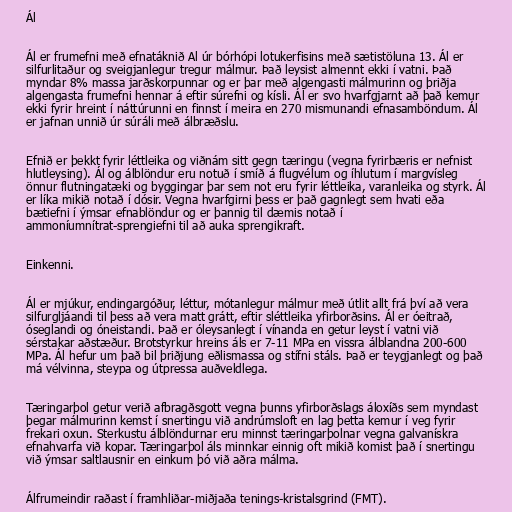
Ál

Ál er frumefni með efnatáknið Al úr bórhópi lotukerfisins með sætistöluna 13. Ál er
silfurlitaður og sveigjanlegur tregur málmur. Það leysist almennt ekki í vatni. Það
myndar 8% massa jarðskorpunnar og er þar með algengasti málmurinn og þriðja
algengasta frumefni hennar á eftir súrefni og kísli. Ál er svo hvarfgjarnt að það kemur
ekki fyrir hreint í náttúrunni en finnst í meira en 270 mismunandi efnasamböndum. Ál
er jafnan unnið úr súráli með álbræðslu.

Efnið er þekkt fyrir léttleika og viðnám sitt gegn tæringu (vegna fyrirbæris er nefnist
hlutleysing). Ál og álblöndur eru notuð í smíð á flugvélum og íhlutum í margvísleg
önnur flutningatæki og byggingar þar sem not eru fyrir léttleika, varanleika og styrk. Ál
er líka mikið notað í dósir. Vegna hvarfgirni þess er það gagnlegt sem hvati eða
bætiefni í ýmsar efnablöndur og er þannig til dæmis notað í
ammoníumnítrat-sprengiefni til að auka sprengikraft.

Einkenni.

Ál er mjúkur, endingargóður, léttur, mótanlegur málmur með útlit allt frá því að vera
silfurgljáandi til þess að vera matt grátt, eftir sléttleika yfirborðsins. Ál er óeitrað,
óseglandi og óneistandi. Það er óleysanlegt í vínanda en getur leyst í vatni við
sérstakar aðstæður. Brotstyrkur hreins áls er 7-11 MPa en vissra álblandna 200-600
MPa. Ál hefur um það bil þriðjung eðlismassa og stífni stáls. Það er teygjanlegt og það
má vélvinna, steypa og útpressa auðveldlega.

Tæringarþol getur verið afbragðsgott vegna þunns yfirborðslags áloxíðs sem myndast
þegar málmurinn kemst í snertingu við andrúmsloft en lag þetta kemur í veg fyrir
frekari oxun. Sterkustu álblöndurnar eru minnst tæringarþolnar vegna galvanískra
efnahvarfa við kopar. Tæringarþol áls minnkar einnig oft mikið komist það í snertingu
við ýmsar saltlausnir en einkum þó við aðra málma.

Álfrumeindir raðast í framhliðar-miðjaða tenings-kristalsgrind (FMT).